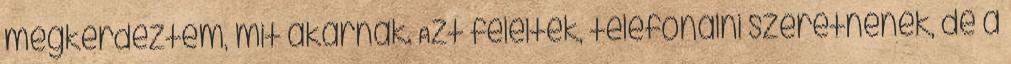
megkérdeztem, mit akarnak. Azt felelték, telefonálni szeretnének, de a